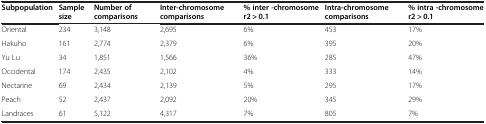
<table><thead><tr><td><b>Subpopulation</b></td><td><b>Sample size</b></td><td><b>Number of comparisons</b></td><td><b>Inter-chromosome comparisons</b></td><td><b>% inter -chromosome r2 &gt; 0.1</b></td><td><b>Intra-chromosome comparisons</b></td><td><b>% intra -chromosome r2 &gt; 0.1</b></td></tr></thead><tbody><tr><td>Oriental</td><td>234</td><td>3,148</td><td>2,695</td><td>6%</td><td>453</td><td>17%</td></tr><tr><td>Hakuho</td><td>161</td><td>2,774</td><td>2,379</td><td>6%</td><td>395</td><td>20%</td></tr><tr><td>Yu Lu</td><td>34</td><td>1,851</td><td>1,566</td><td>36%</td><td>285</td><td>47%</td></tr><tr><td>Occidental</td><td>174</td><td>2,435</td><td>2,102</td><td>4%</td><td>333</td><td>14%</td></tr><tr><td>Nectarine</td><td>69</td><td>2,434</td><td>2,139</td><td>5%</td><td>295</td><td>17%</td></tr><tr><td>Peach</td><td>52</td><td>2,437</td><td>2,092</td><td>20%</td><td>345</td><td>29%</td></tr><tr><td>Landraces</td><td>61</td><td>5,122</td><td>4,317</td><td>7%</td><td>805</td><td>7%</td></tr></tbody></table>